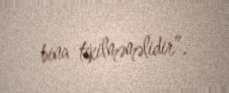
bina tikilməməlidir”.